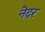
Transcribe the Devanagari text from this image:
नेदर